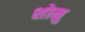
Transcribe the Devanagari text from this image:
शोमु